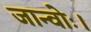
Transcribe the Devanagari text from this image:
जान्वोः।